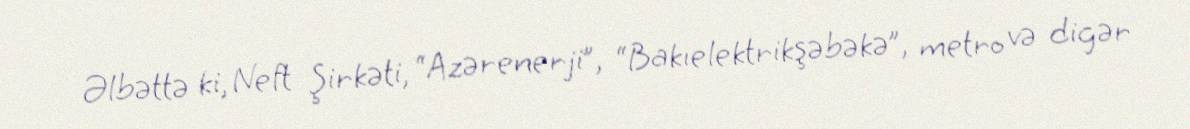
Əlbəttə ki, Neft Şirkəti, “Azərenerji”, “Bakıelektrikşəbəkə”, metro və digər